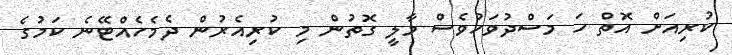
ކުރިއަށް އޮތް ހަ މަސްދުވަހުވެސް މާލީ ގޮތުން މި ކުރިއެރުން ދެމެހެއްޓޭނެ ކަމުގެ